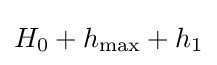
H_{0}+h_{\max }+h_{1}